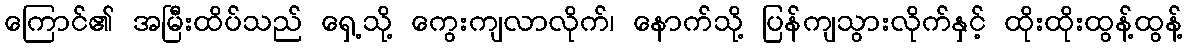
ကြောင်၏ အမြီးထိပ်သည် ရှေ့သို့ ကွေးကျလာလိုက်၊ နောက်သို့ ပြန်ကျသွားလိုက်နှင့် ထိုးထိုးထွန့်ထွန့်